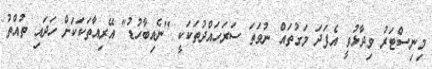
މިނިސްޓަރު ވިދާޅުވީ އެފަދަ މަގުތައް ނުވަތަ ސަރަހައްދުތަކަކީ "ނެއިބާހުޑު" އޭރިއާތަކަކަށް ހަދައި ތުއްތު